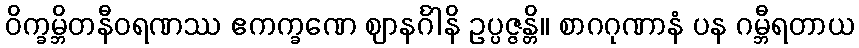
ဝိက္ခမ္ဘိတနီဝရဏဿ ဧကက္ခဏေ ဈာနင်္ဂါနိ ဥပ္ပဇ္ဇန္တိ။ စာဂဂုဏာနံ ပန ဂမ္ဘီရတာယ